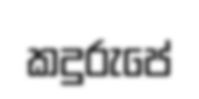
කදුරුපේ